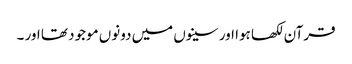
قرآن لکھا ہوا اور سینوں میں دونوں‌ موجود تھا اور ۔